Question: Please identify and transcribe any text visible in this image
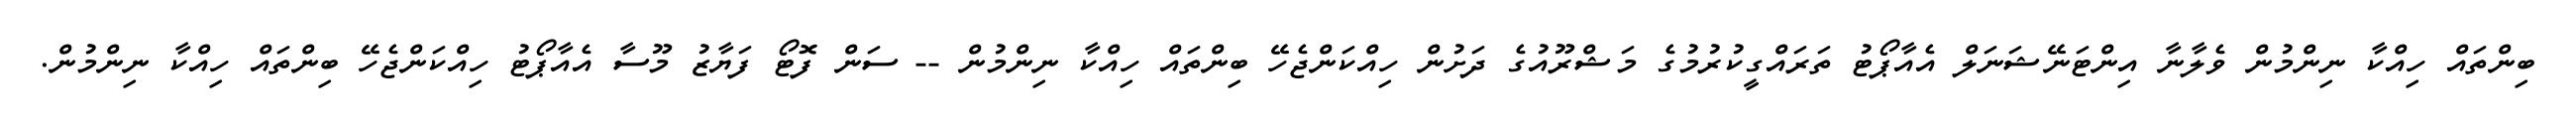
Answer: ބިންތައް ހިއްކާ ނިންމުން ވެލާނާ އިންޓަނޭޝަނަލް އެއާޕޯޓު ތަރައްގީކުރުމުގެ މަޝްރޫއުގެ ދަށުން ހިއްކަންޖެހޭ ބިންތައް ހިއްކާ ނިންމުން -- ސަން ފޮޓޯ ފަޔާޒު މޫސާ އެއާޕޯޓު ހިއްކަންޖެހޭ ބިންތައް ހިއްކާ ނިންމުން.